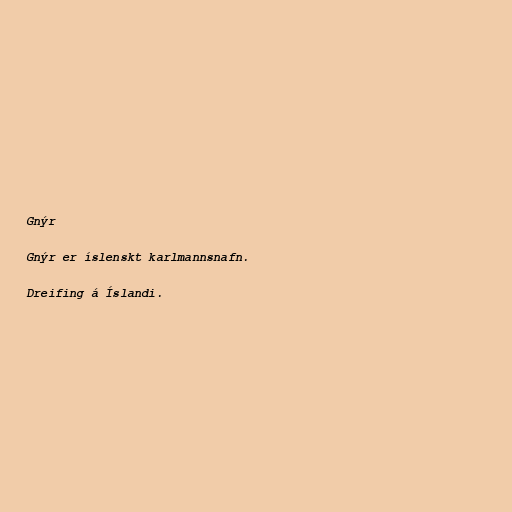
Gnýr

Gnýr er íslenskt karlmannsnafn.

Dreifing á Íslandi.